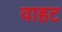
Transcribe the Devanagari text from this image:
वाहट